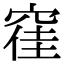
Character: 𮄂